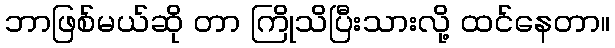
ဘာဖြစ်မယ်ဆို တာ ကြိုသိပြီးသားလို့ ထင်နေတာ။